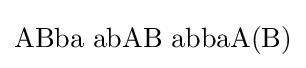
\mathrm {ABba\,\,abAB\,\,abbaA(B)}